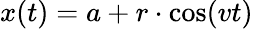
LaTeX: x(t)=a+r\cdot\cos(vt)